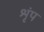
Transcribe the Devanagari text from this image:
श्रृंप